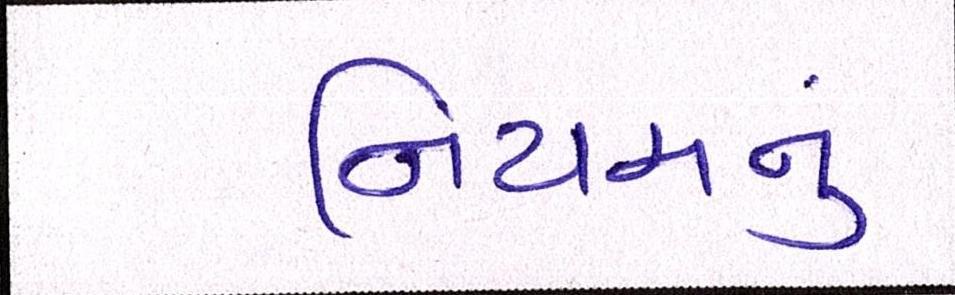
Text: નિયમનું